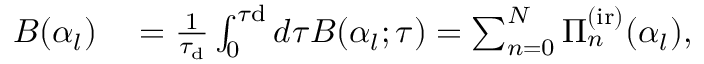
\begin{array} { r l } { B ( \alpha _ { l } ) } & { { } = \frac { 1 } { \tau _ { \mathrm { d } } } \int _ { 0 } ^ { \tau \mathrm { d } } d \tau B ( \alpha _ { l } ; \tau ) = \sum _ { n = 0 } ^ { N } { \Pi } _ { n } ^ { \mathrm { ( i r ) } } ( \alpha _ { l } ) , } \end{array}